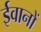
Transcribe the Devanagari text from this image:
ईवानों